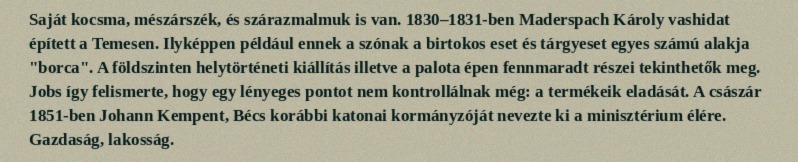
Saját kocsma, mészárszék, és szárazmalmuk is van. 1830–1831-ben Maderspach Károly vashidat épített a Temesen. Ilyképpen például ennek a szónak a birtokos eset és tárgyeset egyes számú alakja "borca". A földszinten helytörténeti kiállítás illetve a palota épen fennmaradt részei tekinthetők meg. Jobs így felismerte, hogy egy lényeges pontot nem kontrollálnak még: a termékeik eladását. A császár 1851-ben Johann Kempent, Bécs korábbi katonai kormányzóját nevezte ki a minisztérium élére. Gazdaság, lakosság.